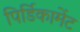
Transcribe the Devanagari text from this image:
पिर्डिकामेंट